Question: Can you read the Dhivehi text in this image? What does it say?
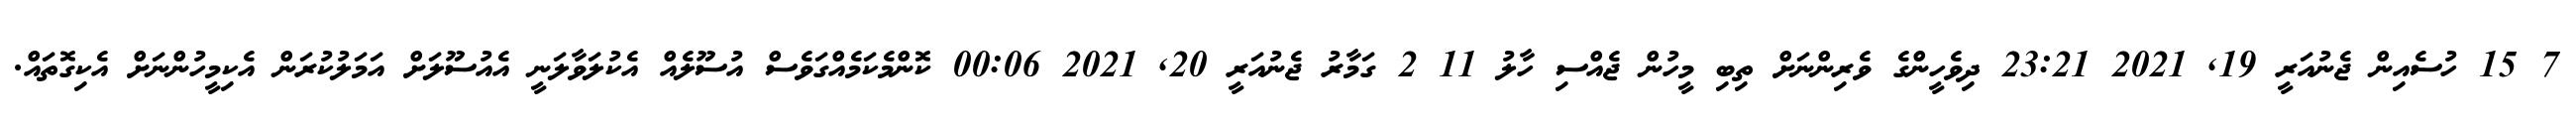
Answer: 7 15 ހުސެއިން ޖެނުއަރީ 19, 2021 23:21 ދިވެހީންގެ ވެރިންނަށް ތިބި މީހުން ޖެއްސި ހާލު 11 2 ގަމާރު ޖެނުއަރީ 20, 2021 00:06 ކޮންމެކަމެއްގަވެސް އުސޫލެއް އެކުލަވާލަނީ އެއުސޫލަށް އަމަލުކުރަން އެކިމީހުންނަށް އެކިގޮތައް.